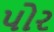
પોર